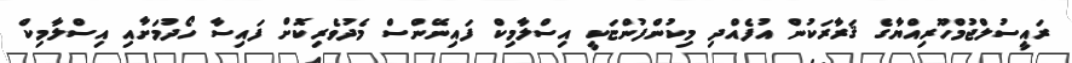
ރައީސުލްޖުމްހޫރިއްޔާގެ ޤަރާރަކުން އުފެއްދި މިކުންފުންޏަކީ އިސްލާމިކް ފައިނޭންސް މެދުވެރިކޮށް ފައިސާ ހޯދުމަށާއި އިސްލާމިކް